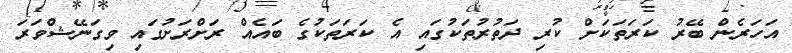
އަހަރެން ބޭރު ކަރަތަކަށް ކުރި ދަތުރުތަކުގައި އެ ކަރަތަކުގެ ބައެއް ރަށްރަށުގައި ވިގަނޭޝްވަރަ